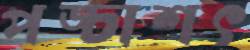
পঙ্চাশৎ